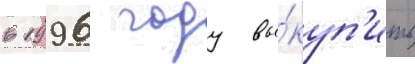
в 1996 году вы́куп'ить